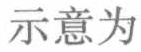
示意为